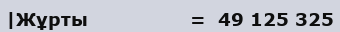
|Жұрты                 =  49 125 325